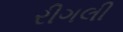
રીગલી